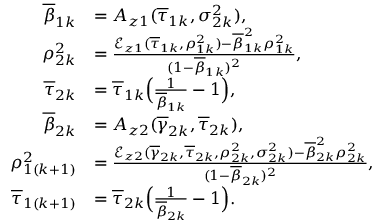
\begin{array} { r l } { \overline { { \beta } } _ { 1 k } } & { = A _ { z 1 } ( \overline { { \tau } } _ { 1 k } , \sigma _ { 2 k } ^ { 2 } ) , } \\ { \rho _ { 2 k } ^ { 2 } } & { = \frac { \mathcal { E } _ { z 1 } ( \overline { { \tau } } _ { 1 k } , \rho _ { 1 k } ^ { 2 } ) - \overline { { \beta } } _ { 1 k } ^ { 2 } \rho _ { 1 k } ^ { 2 } } { ( 1 - \overline { { \beta } } _ { 1 k } ) ^ { 2 } } , } \\ { \overline { { \tau } } _ { 2 k } } & { = \overline { { \tau } } _ { 1 k } \Big ( \frac { 1 } { \overline { { \beta } } _ { 1 k } } - 1 \Big ) , } \\ { \overline { { \beta } } _ { 2 k } } & { = A _ { z 2 } ( \overline { { \gamma } } _ { 2 k } , \overline { { \tau } } _ { 2 k } ) , } \\ { \rho _ { 1 ( k + 1 ) } ^ { 2 } } & { = \frac { \mathcal { E } _ { z 2 } ( \overline { { \gamma } } _ { 2 k } , \overline { { \tau } } _ { 2 k } , \rho _ { 2 k } ^ { 2 } , \sigma _ { 2 k } ^ { 2 } ) - \overline { { \beta } } _ { 2 k } ^ { 2 } \rho _ { 2 k } ^ { 2 } } { ( 1 - \overline { { \beta } } _ { 2 k } ) ^ { 2 } } , } \\ { \overline { { \tau } } _ { 1 ( k + 1 ) } } & { = \overline { { \tau } } _ { 2 k } \Big ( \frac { 1 } { \overline { { \beta } } _ { 2 k } } - 1 \Big ) . } \end{array}